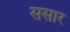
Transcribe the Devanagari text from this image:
ससार